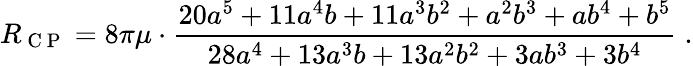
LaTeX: R_{\mathrm{~C~P~}}=8\pi\mu\cdot\frac{20a^{5}+11a^{4}b+11a^{3}b^{2}+a^{2}b^{3}+ab^{4}+b^{5}}{28a^{4}+13a^{3}b+13a^{2}b^{2}+3ab^{3}+3b^{4}}\; .